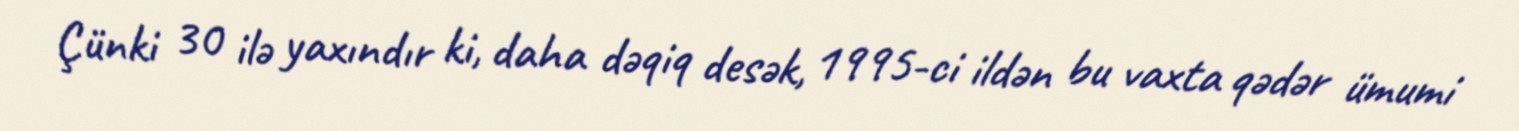
Çünki 30 ilə yaxındır ki, daha dəqiq desək, 1995-ci ildən bu vaxta qədər ümumi